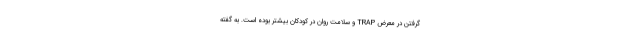
گرفتن در معرض TRAP و سلامت روان در کودکان بیشتر بوده است. به گفته